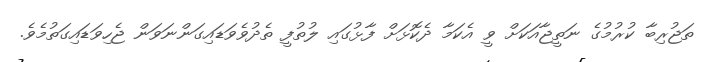
ތަޖުރިބާ ކުރުމުގެ ނަތީޖާއަކަށް ވީ އެކަމާ ދެކޮޅަށް ފާޅުގައި ލުތުފީ ތެދުވެވަޑައިގަންނަވަން ޖެހިވަޑައިގަތުމެވެ.